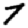
Digit: 7